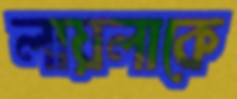
লায়লাকে